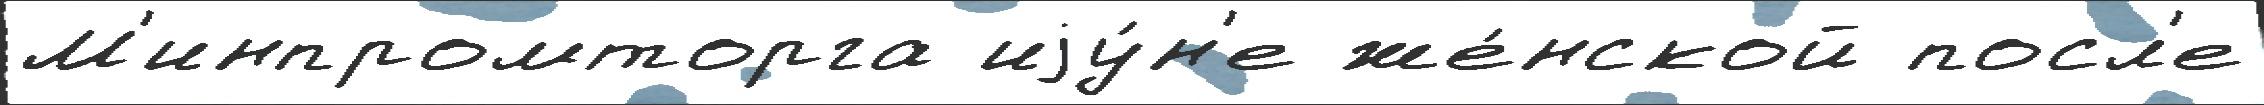
М'инпромторга иjу́н'е же́нской посл'е